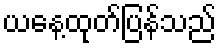
ယနေ့ထုတ်ပြန်သည်